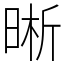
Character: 晰